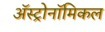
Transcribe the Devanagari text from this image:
अॅस्ट्रोनॉमिकल